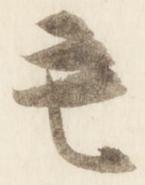
毛